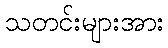
သတင်းများအား